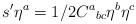
LaTeX: \begin{align*}s' \eta^a = 1/2 C^a{}_{bc} \eta^b \eta^c\end{align*}